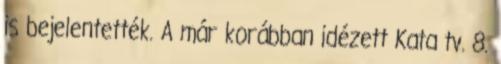
is bejelentették. A már korábban idézett Kata tv. 8.